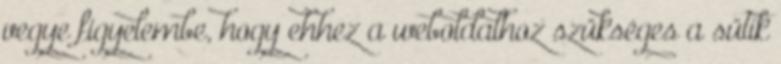
vegye figyelembe, hogy ehhez a weboldalhoz szükséges a sütik